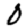
Digit: 0